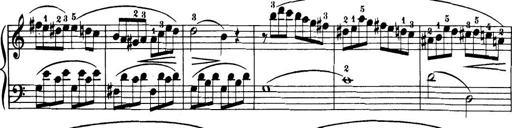
Title: 32 Sonatinas and Rondos for the Piano
Composer: Richard Kleinmichel